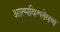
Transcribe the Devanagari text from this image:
आत्मविश्लेषण